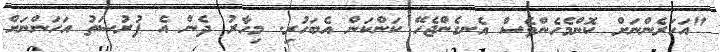
"އަހަރެންނަށް ކޮންމެހެންވެސް އެނގެންޖެހޭ ކަންކަން އެބަހުރި. މިހާރު ދެން އެ ފުރުޞަތު އަހަންނަށް